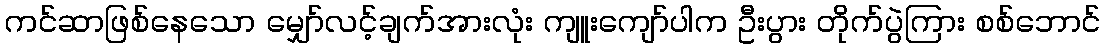
ကင်ဆာဖြစ်နေသော မျှော်လင့်ချက်အားလုံး ကျူးကျော်ပါက ဦးပွား တိုက်ပွဲကြား စစ်ဘောင်